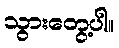
သွားတွေ့ပါ။